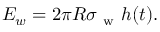
E _ { w } = 2 \pi R \sigma _ { \mathrm { ~ w ~ } } h ( t ) .